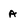
Character: A